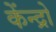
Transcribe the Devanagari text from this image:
केंन्द्रो